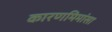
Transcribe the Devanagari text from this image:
कारणमिमांसा